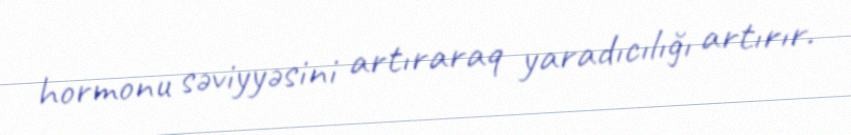
hormonu səviyyəsini artıraraq yaradıcılığı artırır.